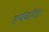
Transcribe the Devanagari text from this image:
हर्षचरित्र